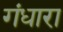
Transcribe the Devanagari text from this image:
गंधारा